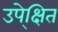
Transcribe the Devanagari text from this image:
उपे्क्षित